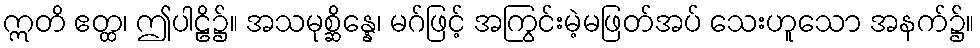
ဣတိ ဧတ္ထ၊ ဤပါဠိ၌။ အသမုစ္ဆိန္နေ၊ မဂ်ဖြင့် အကြွင်းမဲ့မဖြတ်အပ် သေးဟူသော အနက်၌။